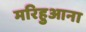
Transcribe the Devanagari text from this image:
मरिहुआना